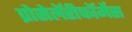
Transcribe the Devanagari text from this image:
प्रोसेलॅरीफॉर्मेस